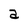
Character: a